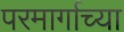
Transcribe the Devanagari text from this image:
परमार्गाच्या